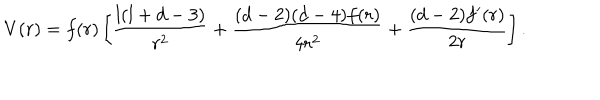
V ( r ) = f ( r ) \left[ \frac { l ( l + d - 3 ) } { r ^ { 2 } } + \frac { ( d - 2 ) ( d - 4 ) f ( r ) } { 4 r ^ { 2 } } + \frac { ( d - 2 ) f ^ { \prime } ( r ) } { 2 r } \right] .